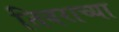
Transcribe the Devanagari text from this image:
तिवराच्या